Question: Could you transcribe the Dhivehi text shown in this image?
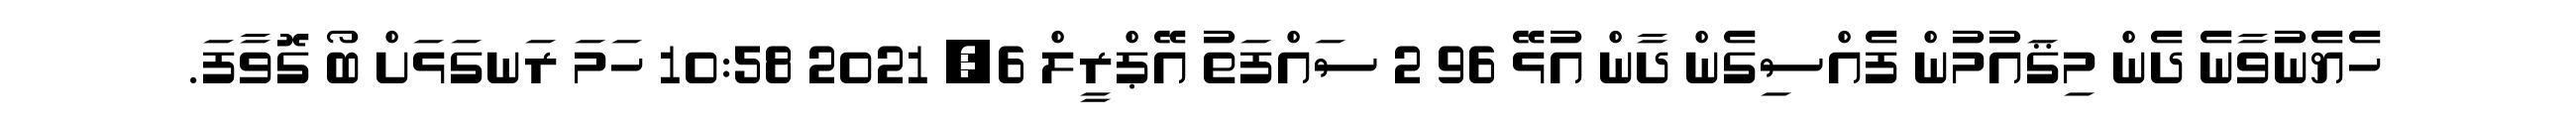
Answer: ހެޔެނުވާނެ ދެން މިޤައުމުން ފެއްސިގެން ދާން އުޅޭ 96 2 ސައްފަތު އޭޕްރީލް 6, 2021 10:58 ހަމަ ރަނގަޅަށް ބޯ ގޮވާފަ.